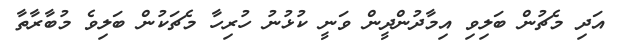
އަދި މެޗުން ބަލިވި އިމާދުންދީން ވަނީ ކުޅުނު ހުރިހާ މެޗަކުން ބަލިވެ މުބާރާތާ